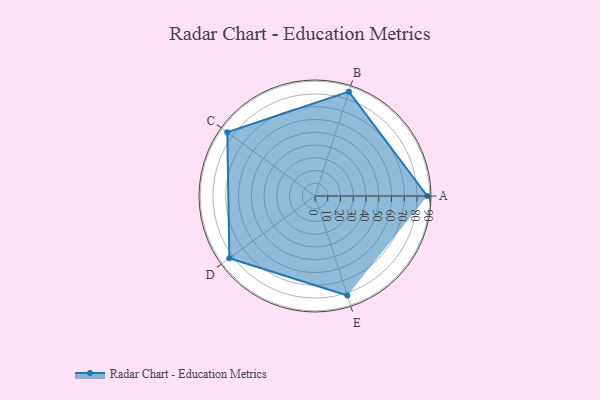
{"axis": {"x": "Skill", "y": "Score"}, "legend": ["Profile"], "data": [{"x": "A", "y": 88.0, "type": "Profile"}, {"x": "B", "y": 86.0, "type": "Profile"}, {"x": "C", "y": 85.0, "type": "Profile"}, {"x": "D", "y": 83.0, "type": "Profile"}, {"x": "E", "y": 82.0, "type": "Profile"}]}